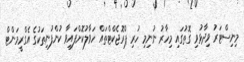
މިނިސްޓަރު ވިދާޅުވި ގޮތުގައި މިހާރު ނުނިމި ހުރި ޕްރޮޖެކްޓްތައް ހަވާލުކޮށްފައިވާ ކުންފުނިތަކުގެ އެގްރީމަންޓް